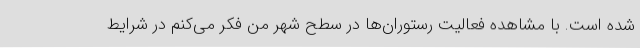
شده است. با مشاهده فعالیت رستوران‌ها در سطح شهر من فکر می‌کنم در شرایط